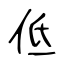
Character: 低